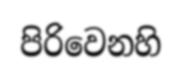
පිරිවෙනහි